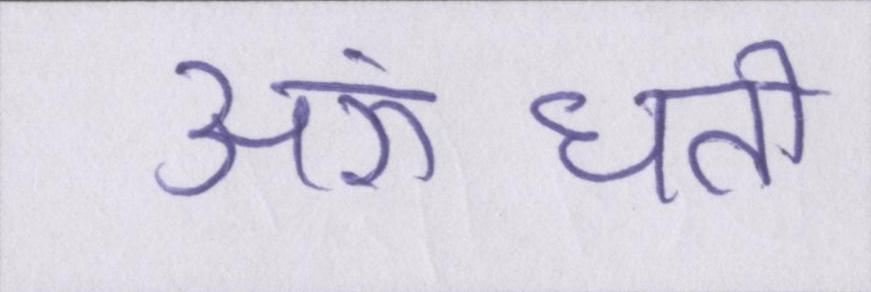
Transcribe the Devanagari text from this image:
अरुंधती